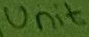
Text: Unit